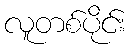
လူတစ်ပိုင်း